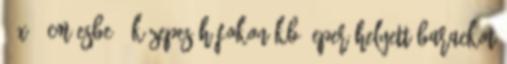
20x30 cm-esbe , közepes hőfokon kb. Eper helyett barackot